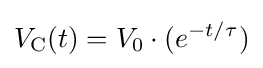
V_{\text{C}}(t)=V_{0}\cdot (e^{-t/\tau })